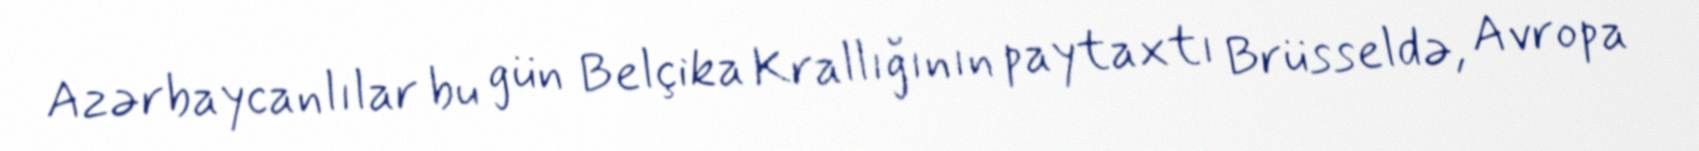
Azərbaycanlılar bu gün Belçika Krallığının paytaxtı Brüsseldə, Avropa